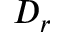
D _ { r }